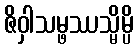
ဇိဝှါသမ္ဖဿသ္မိမ္ပိ